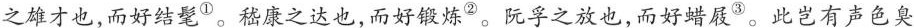
之雄才也，而好结髦^{①}。嵇康之达也，而好锻炼^{②}。阮孚之放也，而好蜡展^{③}。此岂有声色臭